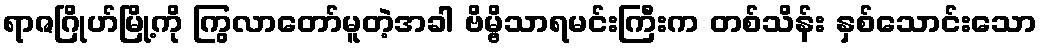
ရာဇဂြိုဟ်မြို့ကို ကြွလာတော်မူတဲ့အခါ ဗိမ္ဗိသာရမင်းကြီးက တစ်သိန်း နှစ်သောင်းသော